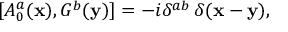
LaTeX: [ A _ { 0 } ^ { a } ( { \bf x } ) , G ^ { b } ( { \bf y } ) ] = - i \delta ^ { a b } \, \delta ( { \bf x } - { \bf y } ) ,